65_HS1-834228961_62-HQ-83894_Section_8
Agency: FBI
Page 175
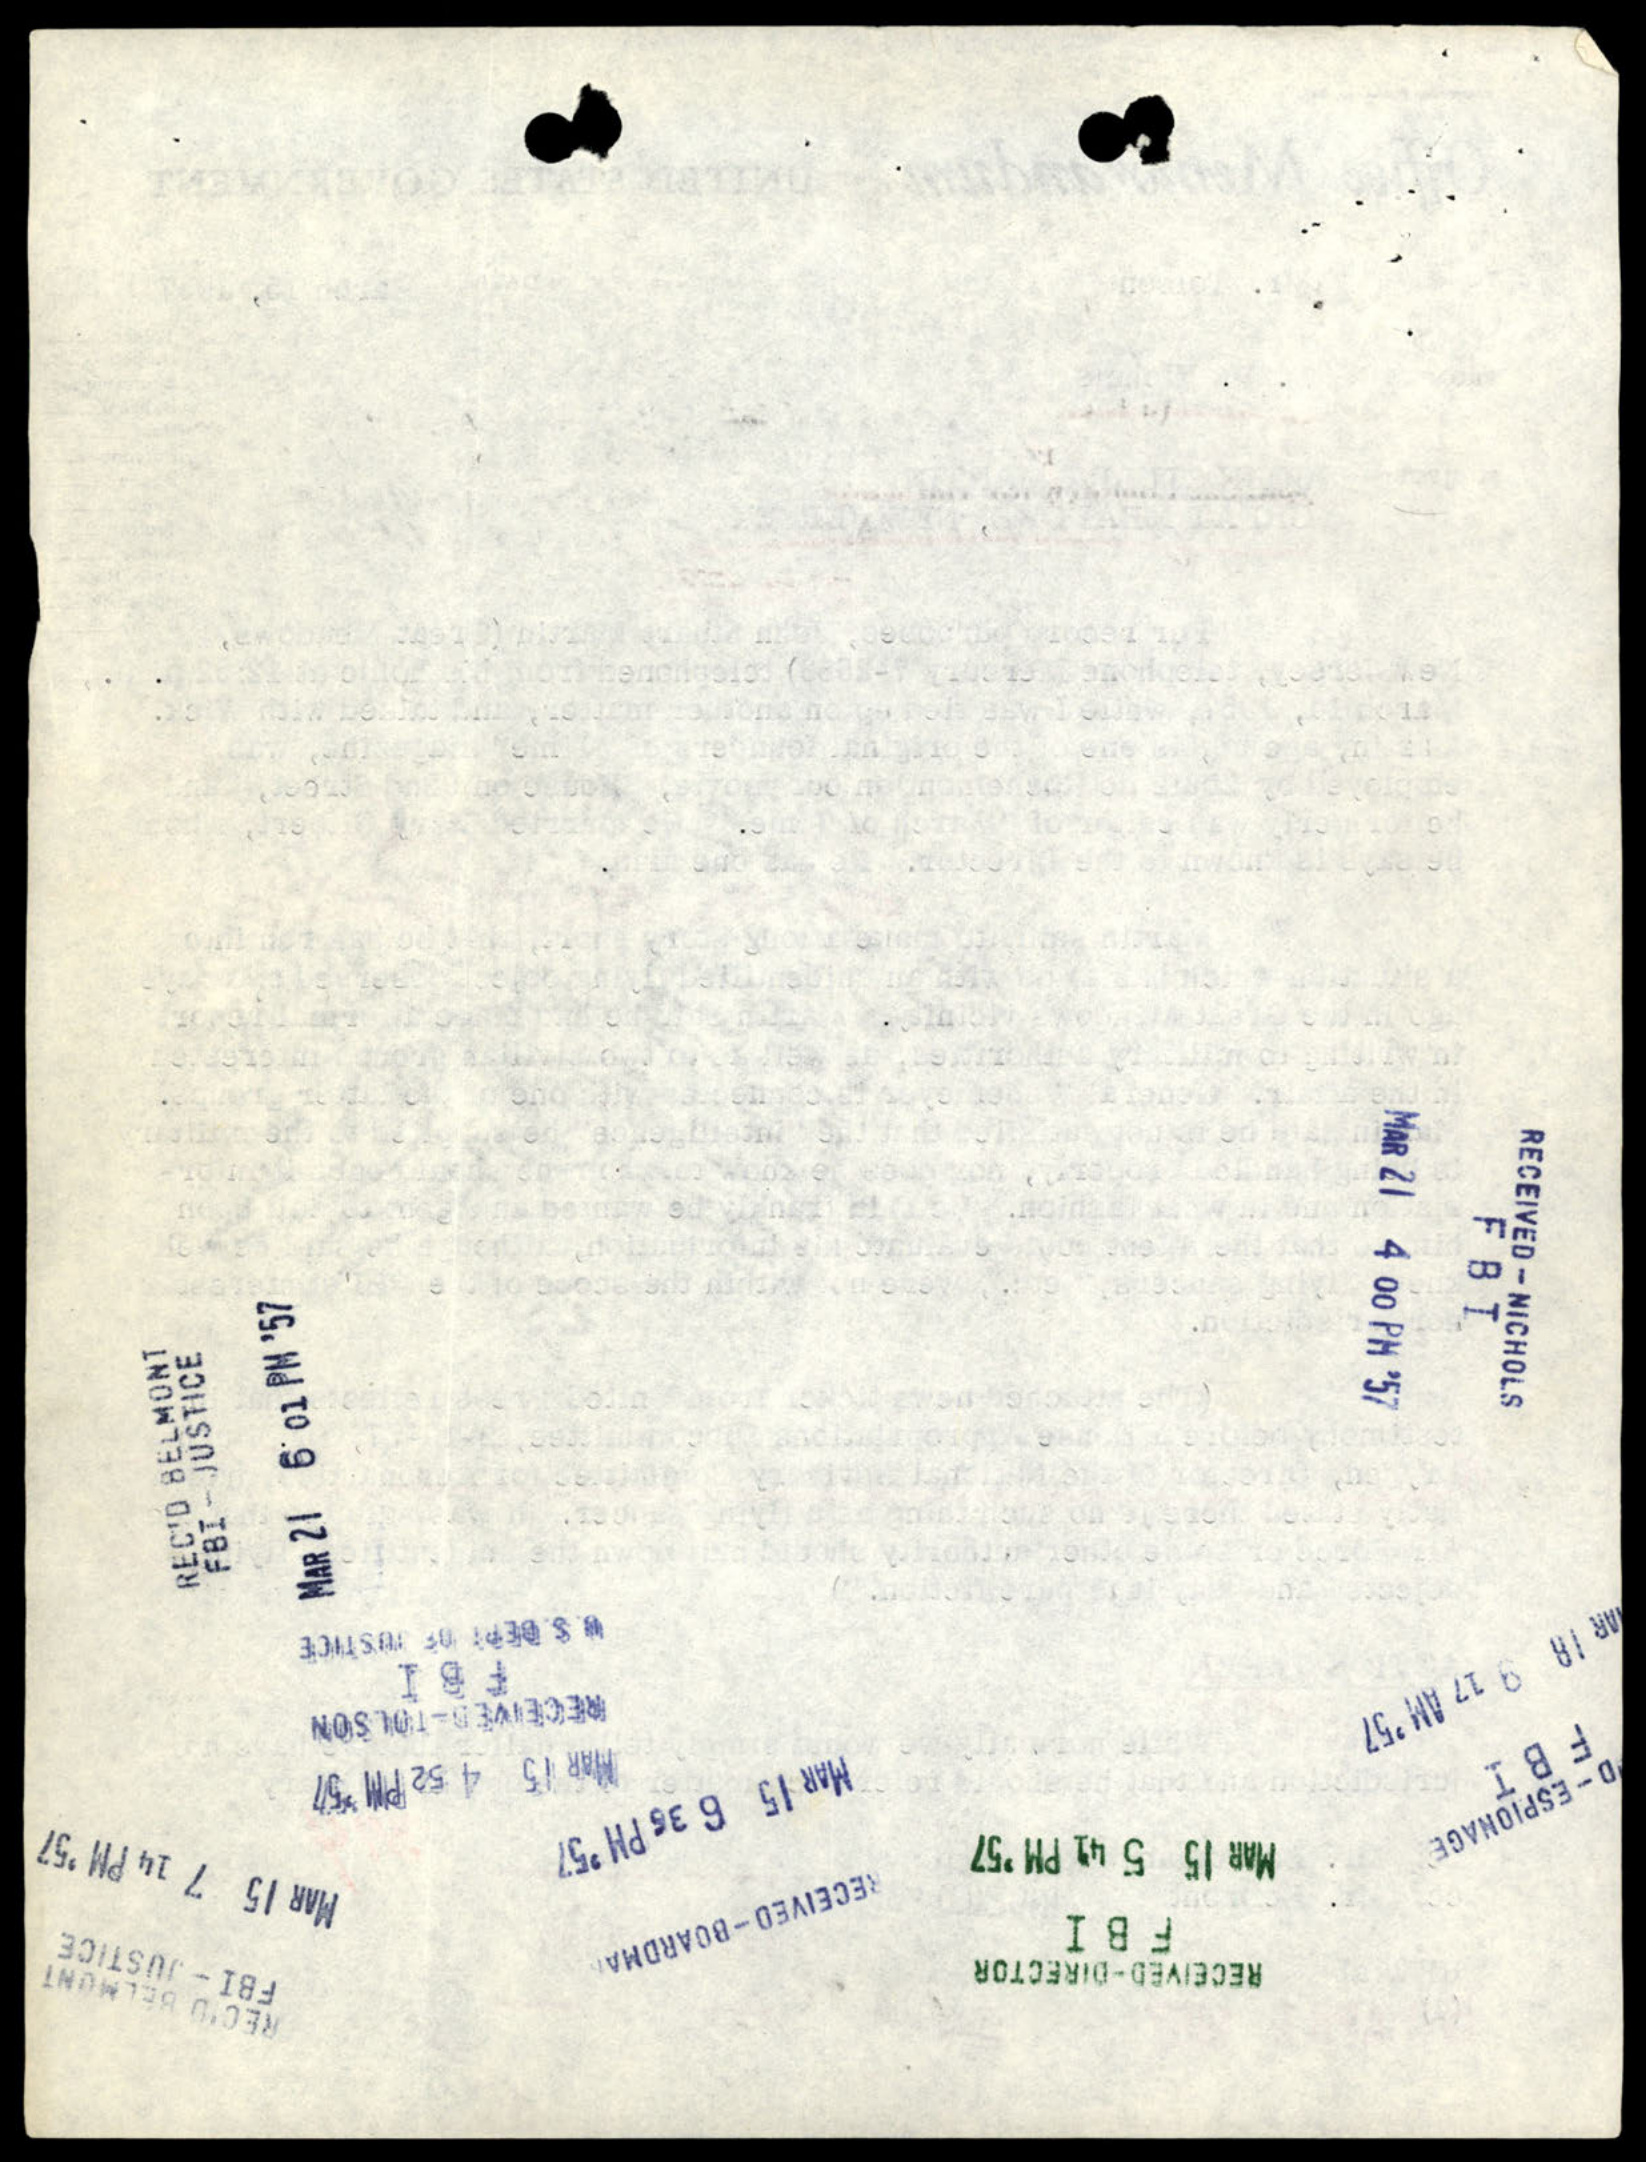